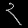
Digit: ၃